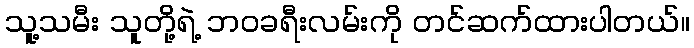
သူ့သမီး သူတို့ရဲ့ ဘဝခရီးလမ်းကို တင်ဆက်ထားပါတယ်။